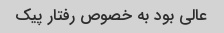
عالی بود به خصوص رفتار پیک